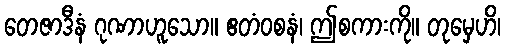
တေဇာဒီနံ ဂုဏာဟူသော။ ဧတံဝစနံ၊ ဤစကားကို။ တုမှေဟိ၊